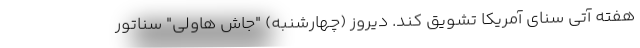
هفته آتی سنای آمریکا تشویق کند. دیروز (چهارشنبه) "جاش هاولی" سناتور